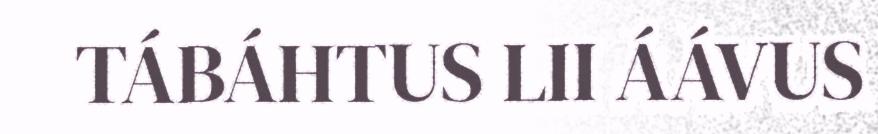
TÁBÁHTUS LII ÁÁVUS